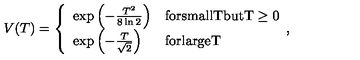
V ( T ) = \left\{ \begin{array} { l l } { \exp \left( - \frac { T ^ { 2 } } { 8 \ln 2 } \right) } & { \mathrm { f o r s m a l l T b u t T \ge 0 } } \\ { \exp \left( - \frac { T } { \sqrt { 2 } } \right) } & { \mathrm { f o r l a r g e T } } \\ \end{array} , \right.